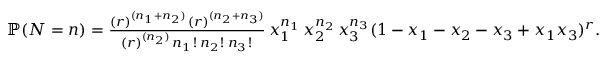
\begin{array} { r } { \mathbb { P } ( N = n ) = \frac { ( r ) ^ { ( n _ { 1 } + n _ { 2 } ) } \, ( r ) ^ { ( n _ { 2 } + n _ { 3 } ) } } { ( r ) ^ { ( n _ { 2 } ) } \, n _ { 1 } ! \, n _ { 2 } ! \, n _ { 3 } ! } \, x _ { 1 } ^ { n _ { 1 } } \, x _ { 2 } ^ { n _ { 2 } } \, x _ { 3 } ^ { n _ { 3 } } ( 1 - x _ { 1 } - x _ { 2 } - x _ { 3 } + x _ { 1 } x _ { 3 } ) ^ { r } . } \end{array}